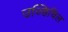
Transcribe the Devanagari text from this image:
उज्हिचिल